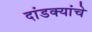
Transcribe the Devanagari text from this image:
दांडक्यांचे